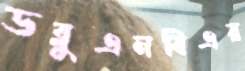
ডব্লুএনবিএর